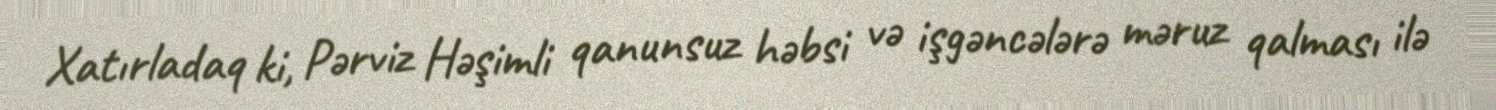
Xatırladaq ki, Pərviz Həşimli qanunsuz həbsi və işgəncələrə məruz qalması ilə